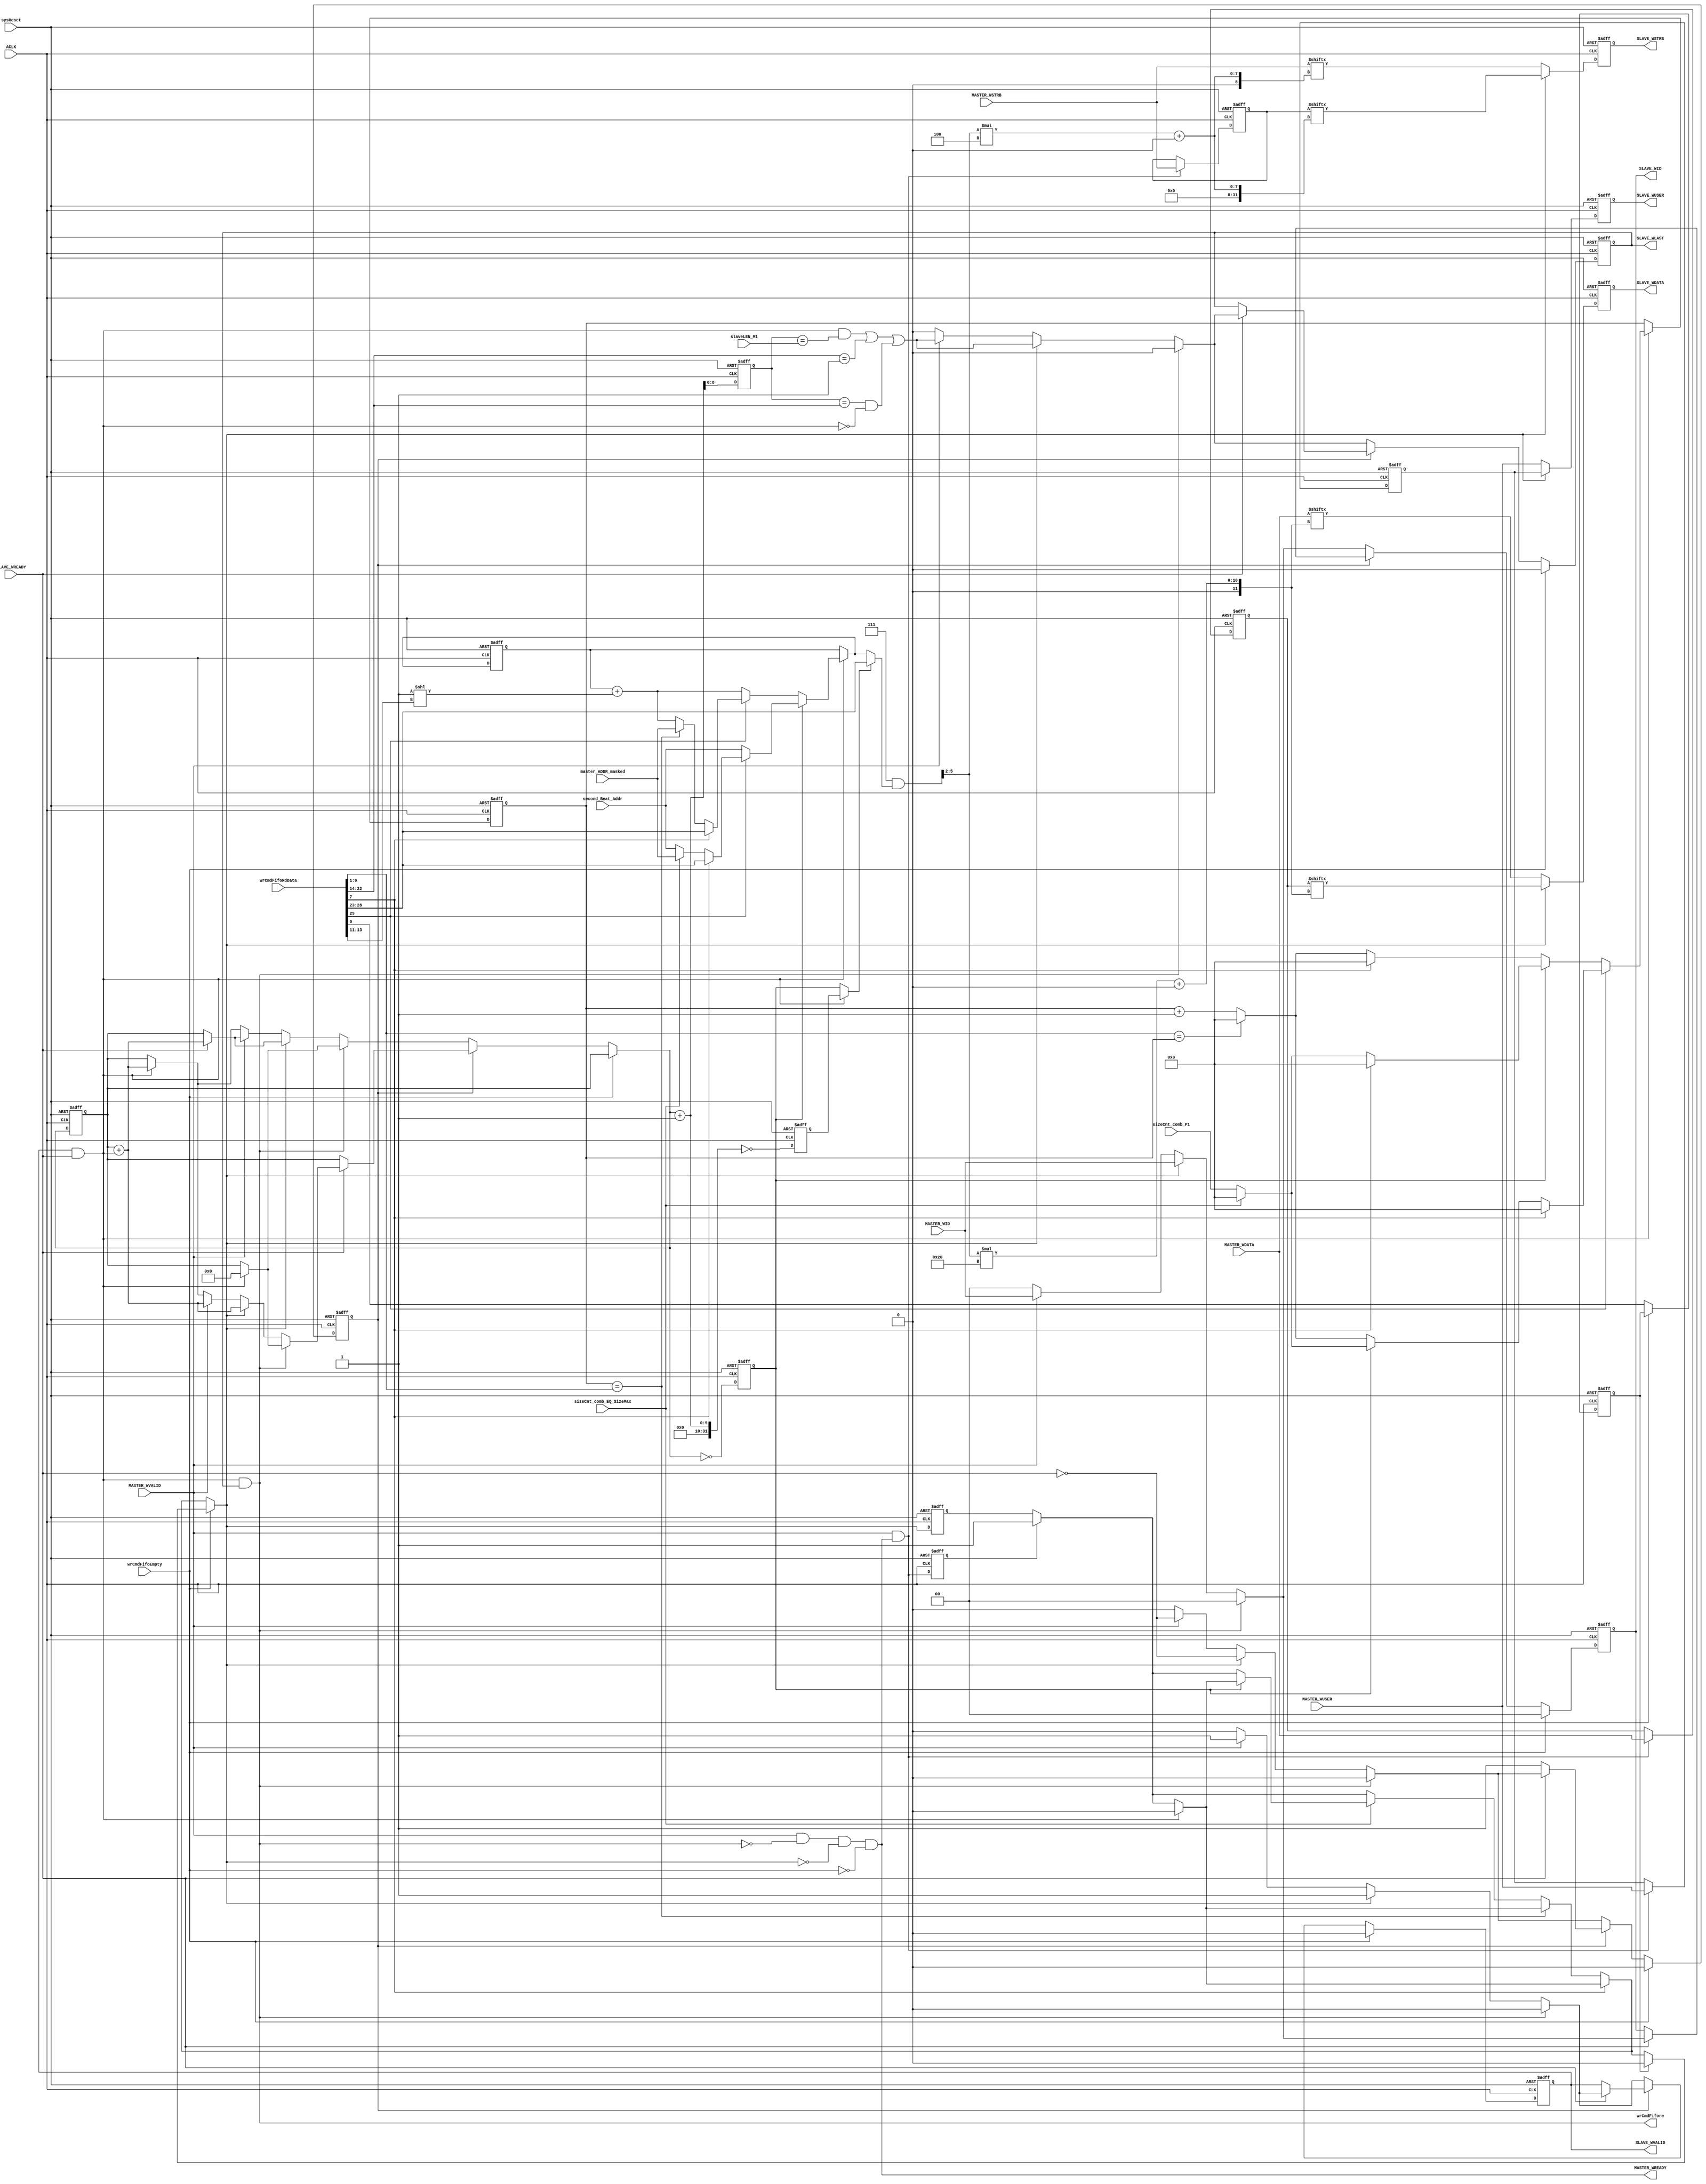
///////////////////////////////////////////////////////////////////////////////////////////////////
// Company: MICROSEMI
//
// IP Core: COREAXI4INTERCONNECT
//
//  Description  : The AMBA AXI4 Interconnect core connects one or more AXI memory-mapped master devices to one or
//                 more memory-mapped slave devices. The AMBA AXI protocol supports high-performance, high-frequency
//                 system designs.
//
//  COPYRIGHT 2017 BY MICROSEMI 
//  THE INFORMATION CONTAINED IN THIS DOCUMENT IS SUBJECT TO LICENSING RESTRICTIONS 
//  FROM MICROSEMI CORP.  IF YOU ARE NOT IN POSSESSION OF WRITTEN AUTHORIZATION FROM 
//  MICROSEMI FOR USE OF THIS FILE, THEN THE FILE SHOULD BE IMMEDIATELY DESTROYED AND 
//  NO BACK-UP OF THE FILE SHOULD BE MADE. 
//
//
/////////////////////////////////////////////////////////////////////////////////////////////////// 
 
 
module caxi4interconnect_DWC_DownConv_widthConvwr (
                                 //  input ports
                                 ACLK,
                                 sysReset,
                                 MASTER_WSTRB,
                                 MASTER_WUSER,
								 MASTER_WID,
                                 MASTER_WDATA,
                                 MASTER_WVALID,
                                 wrCmdFifoEmpty,
                                 wrCmdFifoRdData,
                                 SLAVE_WREADY,
                                 slaveLEN_M1,
                                 master_ADDR_masked,
                                 second_Beat_Addr,
                                 sizeCnt_comb_EQ_SizeMax,
                                 sizeCnt_comb_P1,
 
                                 //  output ports
                                 MASTER_WREADY,
                                 wrCmdFifore,
								 SLAVE_WID,
                                 SLAVE_WVALID,
                                 SLAVE_WLAST,
                                 SLAVE_WUSER,
                                 SLAVE_WDATA,
                                 SLAVE_WSTRB
                                 );
 
   parameter        DATA_WIDTH_IN             = 64;
   parameter        DATA_WIDTH_OUT            = 32;
   parameter        USER_WIDTH                = 1;
   parameter        CMD_FIFO_DATA_WIDTH       = 30;
   parameter        STRB_WIDTH_IN             = 8;
   parameter        STRB_WIDTH_OUT            = 4;
   parameter        ID_WIDTH                  = 0;
//  input ports
   input            ACLK;
   wire             ACLK;
   input            sysReset;
   wire             sysReset;
   input     [STRB_WIDTH_IN - 1:0] MASTER_WSTRB;
   wire      [STRB_WIDTH_IN - 1:0] MASTER_WSTRB;
   input     [USER_WIDTH - 1:0] MASTER_WUSER;
   wire      [USER_WIDTH - 1:0] MASTER_WUSER;
   input     [ID_WIDTH-1:0]        MASTER_WID;
   input     [DATA_WIDTH_IN - 1:0] MASTER_WDATA;
   wire      [DATA_WIDTH_IN - 1:0] MASTER_WDATA;
   input            MASTER_WVALID;
   wire             MASTER_WVALID;
   input            wrCmdFifoEmpty;
   wire             wrCmdFifoEmpty;
   input     [CMD_FIFO_DATA_WIDTH - 1:0] wrCmdFifoRdData;
   wire      [CMD_FIFO_DATA_WIDTH - 1:0] wrCmdFifoRdData;
   input            SLAVE_WREADY;
   wire             SLAVE_WREADY;
   input     [7:0]  slaveLEN_M1;
   wire      [7:0]  slaveLEN_M1;
   input     [5:0]  master_ADDR_masked;
   wire      [5:0]  master_ADDR_masked;
   input     [5:0]  second_Beat_Addr;
   wire      [5:0]  second_Beat_Addr;
   input            sizeCnt_comb_EQ_SizeMax;
   wire             sizeCnt_comb_EQ_SizeMax;
   input     [5:0]  sizeCnt_comb_P1;
   wire      [5:0]  sizeCnt_comb_P1;
//  output ports
   output           MASTER_WREADY;
   wire             MASTER_WREADY;
   output           wrCmdFifore;
   wire             wrCmdFifore;
   output           SLAVE_WVALID;
   reg              SLAVE_WVALID;
   output reg [ID_WIDTH-1:0] SLAVE_WID;
   output           SLAVE_WLAST;
   reg              SLAVE_WLAST;
   output    [USER_WIDTH - 1:0] SLAVE_WUSER;
   reg       [USER_WIDTH - 1:0] SLAVE_WUSER;
   output    [DATA_WIDTH_OUT - 1:0] SLAVE_WDATA;
   reg       [DATA_WIDTH_OUT - 1:0] SLAVE_WDATA;
   output    [STRB_WIDTH_OUT - 1:0] SLAVE_WSTRB;
   reg       [STRB_WIDTH_OUT - 1:0] SLAVE_WSTRB;
//  local signals
   reg       [8:0]  cnt;
   wire             cnt_match;
   reg       [5:0]  current_addr;
   wire      [5:0]  int_masterADDR;
   wire      [2:0]  int_slaveSIZE;
   wire      [8:0]  int_slaveLEN;
   wire             SameMstSlvSize;
   wire      [5:0]  SizeMax;
   wire      [DATA_WIDTH_OUT - 1:0] int_slaveWDATA;
   wire      [STRB_WIDTH_OUT - 1:0] int_slaveWSTRB;
   wire      [USER_WIDTH - 1:0] int_slaveWUSER;
   reg       [5:0]  sizeCnt;
   reg              valid_data;
   reg              valid_data_reg;
   wire             master_valid_data;
   wire             slave_accept;
   reg       [DATA_WIDTH_IN - 1:0] MASTER_WDATA_reg;
   reg       [STRB_WIDTH_IN - 1:0] MASTER_WSTRB_reg;
   reg       [USER_WIDTH - 1:0] MASTER_WUSER_reg;
   wire             cnt_match_next;
   wire      [5:0]  maskAddr;
   wire      [3:0]  dataLoc;
   reg       [5:0]  current_addr_reg;
   reg       [5:0]  sizeCnt_reg;
   reg              hold_data;
   reg              hold_data_next;
   reg       [8:0]  cnt_next;
   reg       [ID_WIDTH-1:0] SLAVE_WID_next;
   reg              SLAVE_WVALID_next;
   reg              SLAVE_WLAST_next;
   wire             fixed_flag;
   reg              master_valid_data_reg;
   wire             lastTx;
   reg              lastTx_reg;
   reg       [8:0]  cnt_plus_1;
   reg              cnt_plus_1_eq_0;
   reg              cnt_eq_0;
 
 
   //always  @(wrCmdFifoEmpty or cnt or hold_data or SLAVE_WREADY or wrCmdFifore or slave_accept or SLAVE_WLAST or valid_data or cnt_match_next or cnt_match or MASTER_WVALID or SLAVE_WVALID)
   always  @(*)
   begin   :widthConvWrite_comb
 
      if (wrCmdFifoEmpty)
      begin
         SLAVE_WVALID_next <= 1'b0;
		 SLAVE_WID_next    <= 0;
         SLAVE_WLAST_next <= 1'b0;
         hold_data_next <= 1'b0;
         cnt_next <= cnt;
      end
      else
      begin
         if (hold_data)
         begin
            if (SLAVE_WREADY)
            begin
               if (wrCmdFifore)
               begin
                  SLAVE_WVALID_next <= 1'b0;
				  SLAVE_WID_next    <= 0;
                  SLAVE_WLAST_next <= 1'b0;
                  hold_data_next <= 1'b0;
                  if (slave_accept)
                  begin
                     if (slave_accept & SLAVE_WLAST)
                     begin
                        cnt_next <= 0;
                     end
                     else
                     begin
                        cnt_next <= cnt + slave_accept;
                     end
                  end
                  else
                  begin
                     cnt_next <= cnt;
                  end
               end
               else
               begin
                  if (valid_data)
                  begin
                     hold_data_next <= ~SLAVE_WREADY;
                     SLAVE_WVALID_next <= 1'b1;
					 SLAVE_WID_next    <= MASTER_WID;
                     SLAVE_WLAST_next <=
                     cnt_match_next | (cnt_match & ~slave_accept);
                     if (SLAVE_WREADY)
                     begin
                        if (slave_accept & SLAVE_WLAST)
                        begin
                           cnt_next <= 0;
                        end
                        else
                        begin
                           cnt_next <= cnt + slave_accept;
                        end
                     end
                     else
                     begin
                        cnt_next <= cnt;
                     end
                  end
                  else
                  begin
                     if (MASTER_WVALID)
                     begin
                        hold_data_next <= ~SLAVE_WREADY;
                        SLAVE_WVALID_next <= 1'b1;
						SLAVE_WID_next    <= MASTER_WID;
                        SLAVE_WLAST_next  <= cnt_match_next | (cnt_match & ~slave_accept);
                        if (SLAVE_WREADY)
                        begin
                           if (slave_accept & SLAVE_WLAST)
                           begin
                              cnt_next <= 0;
                           end
                           else
                           begin
                              cnt_next <= cnt + slave_accept;
                           end
                        end
                        else
                        begin
                           cnt_next <= cnt;
                        end
                     end
                     else
                     begin
                        SLAVE_WVALID_next <= 1'b0;
						SLAVE_WID_next    <= 0;
                        SLAVE_WLAST_next <= 1'b0;
                        hold_data_next <= 1'b0;
                        if (slave_accept)
                        begin
                           if (slave_accept & SLAVE_WLAST)
                           begin
                              cnt_next <= 0;
                           end
                           else
                           begin
                              cnt_next <= cnt + slave_accept;
                           end
                        end
                        else
                        begin
                           cnt_next <= cnt;
                        end
                     end
                  end
               end
            end
            else
            begin
               SLAVE_WVALID_next <= SLAVE_WVALID;
			   SLAVE_WID_next    <= SLAVE_WID;
               SLAVE_WLAST_next <= SLAVE_WLAST;
               hold_data_next <= hold_data;
               cnt_next <= cnt;
            end
         end
         else
         begin
            if (wrCmdFifore)
            begin
               SLAVE_WVALID_next <= 1'b0;
			   SLAVE_WID_next    <= 0;
               SLAVE_WLAST_next <= 1'b0;
               hold_data_next <= 1'b0;
               if (slave_accept)
               begin
                  if (slave_accept & SLAVE_WLAST)
                  begin
                     cnt_next <= 0;
                  end
                  else
                  begin
                     cnt_next <= cnt + slave_accept;
                  end
               end
               else
               begin
                  cnt_next <= cnt;
               end
            end
            else
            begin
               if (valid_data)
               begin
                  hold_data_next <= ~SLAVE_WREADY;
                  SLAVE_WVALID_next <= 1'b1;
				  SLAVE_WID_next    <= MASTER_WID;
                  SLAVE_WLAST_next  <= cnt_match_next | (cnt_match & ~slave_accept);
                  if (SLAVE_WREADY)
                  begin
                     if (slave_accept & SLAVE_WLAST)
                     begin
                        cnt_next <= 0;
                     end
                     else
                     begin
                        cnt_next <= cnt + slave_accept;
                     end
                  end
                  else
                  begin
                     cnt_next <= cnt;
                  end
               end
               else
               begin
                  if (MASTER_WVALID)
                  begin
                     hold_data_next <= ~SLAVE_WREADY;
                     SLAVE_WVALID_next <= 1'b1;
					 SLAVE_WID_next    <= MASTER_WID;
                     SLAVE_WLAST_next  <= cnt_match_next | (cnt_match & ~slave_accept);
                     if (SLAVE_WREADY)
                     begin
                        if (slave_accept & SLAVE_WLAST)
                        begin
                           cnt_next <= 0;
                        end
                        else
                        begin
                           cnt_next <= cnt + slave_accept;
                        end
                     end
                     else
                     begin
                        cnt_next <= cnt;
                     end
                  end
                  else
                  begin
                     SLAVE_WVALID_next <= 1'b0;
					 SLAVE_WID_next    <= 0;
                     SLAVE_WLAST_next <= 1'b0;
                     hold_data_next <= 1'b0;
                     if (slave_accept)
                     begin
                        if (slave_accept & SLAVE_WLAST)
                        begin
                           cnt_next <= 0;
                        end
                        else
                        begin
                           cnt_next <= cnt + slave_accept;
                        end
                     end
                     else
                     begin
                        cnt_next <= cnt;
                     end
                  end
               end
            end
         end
      end
   end
 
 
 
   always
      @( posedge ACLK or negedge sysReset )
   begin   :Start9
 
      if (!sysReset)
      begin
         SLAVE_WDATA <= 0;
         SLAVE_WSTRB <= 0;
         SLAVE_WUSER <= 0;
      end
      else
      begin
         SLAVE_WDATA <= int_slaveWDATA;
         SLAVE_WSTRB <= int_slaveWSTRB;
         SLAVE_WUSER <= int_slaveWUSER;
      end
   end
 
 
 
   always
      @( posedge ACLK or negedge sysReset )
   begin   :widthConvWrite_reg
 
      if (!sysReset)
      begin
         cnt <= 0;
         cnt_plus_1 <= 1;
         cnt_eq_0 <= 1;
         cnt_plus_1_eq_0 <= 0;
         SLAVE_WVALID <= 1'b0;
         SLAVE_WID <= 0;
         SLAVE_WLAST <= 1'b0;
         hold_data <= 1'b0;
      end
      else
      begin
         cnt <= cnt_next;
         cnt_plus_1 <= cnt_next + 1;
         cnt_eq_0 <= (cnt_next == 0);
         cnt_plus_1_eq_0 <= ((cnt_next + 1) == 0);
         SLAVE_WLAST <= SLAVE_WLAST_next;
         SLAVE_WVALID <= SLAVE_WVALID_next;
		 SLAVE_WID    <= SLAVE_WID_next;
         hold_data <= hold_data_next;
      end
   end
 
 
 
   always
      @( posedge ACLK or negedge sysReset )
   begin   :addrCtrl_reg
 
      if (!sysReset)
      begin
         current_addr_reg <= 0;
         sizeCnt_reg <= 0;
      end
      else
      begin
         current_addr_reg <= current_addr;
         sizeCnt_reg <= sizeCnt;
      end
   end
 
 
 
   always  @(slave_accept or fixed_flag or SameMstSlvSize or cnt_eq_0 or sizeCnt_comb_EQ_SizeMax or sizeCnt_comb_P1 or SizeMax or sizeCnt_reg)
   begin   :sieCntCtrl
 
      if (slave_accept)
      begin
         if (fixed_flag)
         begin
            if (SameMstSlvSize)
            begin
               sizeCnt <= 'b0;
            end
            else
            begin
               if (cnt_eq_0)
               begin
                  if (SameMstSlvSize)
                  begin
                     sizeCnt <= 'b0;
                  end
                  else
                  begin
                     if (sizeCnt_comb_EQ_SizeMax)
                     begin
                        sizeCnt <= 'b0;
                     end
                     else
                     begin
                        sizeCnt <= sizeCnt_comb_P1;
                     end
                  end
               end
               else
               begin
                  if (SameMstSlvSize)
                  begin
                     sizeCnt <= 'b0;
                  end
                  else
                  begin
                     if (SizeMax == sizeCnt_reg)
                     begin
                        sizeCnt <= 'b0;
                     end
                     else
                     begin
                        sizeCnt <= sizeCnt_reg + 1;
                     end
                  end
               end
            end
         end
         else
         begin
            if (cnt_eq_0)
            begin
               if (SameMstSlvSize)
               begin
                  sizeCnt <= 'b0;
               end
               else
               begin
                  if (sizeCnt_comb_EQ_SizeMax)
                  begin
                     sizeCnt <= 'b0;
                  end
                  else
                  begin
                     sizeCnt <= sizeCnt_comb_P1;
                  end
               end
            end
            else
            begin
               if (SameMstSlvSize)
               begin
                  sizeCnt <= 'b0;
               end
               else
               begin
                  if (SizeMax == sizeCnt_reg)
                  begin
                     sizeCnt <= 'b0;
                  end
                  else
                  begin
                     sizeCnt <= sizeCnt_reg + 1;
                  end
               end
            end
         end
      end
      else
      begin
         sizeCnt <= sizeCnt_reg;
      end
   end
 
 
 
   always  @(slave_accept or cnt_eq_0 or fixed_flag or SameMstSlvSize or int_masterADDR or sizeCnt_comb_EQ_SizeMax or master_ADDR_masked or second_Beat_Addr or sizeCnt_reg or SizeMax or
             current_addr_reg or int_slaveSIZE)
   begin   :addr_ctrl
 
      if (slave_accept)
      begin
         if (cnt_eq_0)
         begin
            if (fixed_flag)
            begin
               if (SameMstSlvSize)
               begin
                  current_addr <= int_masterADDR;
               end
               else
               begin
                  if (sizeCnt_comb_EQ_SizeMax)
                  begin
                     current_addr <= master_ADDR_masked;
                  end
                  else
                  begin
                     current_addr <= second_Beat_Addr;
                  end
               end
            end
            else
            begin
               current_addr <= second_Beat_Addr;
            end
         end
         else
         begin
            if (fixed_flag)
            begin
               if (SameMstSlvSize)
               begin
                  current_addr <= int_masterADDR;
               end
               else
               begin
                  if (sizeCnt_reg == SizeMax)
                  begin
                     current_addr <= master_ADDR_masked;
                  end
                  else
                  begin
                     current_addr <= current_addr_reg + (1<<int_slaveSIZE);
                  end
               end
            end
            else
            begin
               current_addr <= current_addr_reg + (1<<int_slaveSIZE);
            end
         end
      end
      else
      begin
         current_addr <= current_addr_reg;
      end
   end
 
 
 
   always  @(wrCmdFifoEmpty or lastTx_reg or SameMstSlvSize or slave_accept or master_valid_data_reg or valid_data_reg or sizeCnt_reg or SizeMax or sizeCnt_comb_EQ_SizeMax or cnt_eq_0)
   begin   :valid_data_comb
 
      if (wrCmdFifoEmpty)
      begin
         if (lastTx_reg)
         begin
            valid_data <= 0;
         end
         else
         begin
            if (SameMstSlvSize)
            begin
               if (slave_accept)
               begin
                  valid_data <= 1'b0;
               end
               else
               begin
                  if (master_valid_data_reg)
                  begin
                     valid_data <=  1'b1;
                  end
                  else
                  begin
                     valid_data <= valid_data_reg;
                  end
               end
            end
            else
            begin
               if (sizeCnt_reg == SizeMax)
               begin
                  if (slave_accept)
                  begin
                     valid_data <= 1'b0;
                  end
                  else
                  begin
                     if (master_valid_data_reg)
                     begin
                        valid_data <=  1'b1;
                     end
                     else
                     begin
                        valid_data <= valid_data_reg;
                     end
                  end
               end
               else
               begin
                  if (sizeCnt_comb_EQ_SizeMax)
                  begin
                     if (cnt_eq_0)
                     begin
                        if (slave_accept)
                        begin
                           valid_data <= 1'b0;
                        end
                        else
                        begin
                           if (master_valid_data_reg)
                           begin
                              valid_data <=  1'b1;
                           end
                           else
                           begin
                              valid_data <= valid_data_reg;
                           end
                        end
                     end
                     else
                     begin
                        if (master_valid_data_reg)
                        begin
                           valid_data <=  1'b1;
                        end
                        else
                        begin
                           valid_data <= valid_data_reg;
                        end
                     end
                  end
                  else
                  begin
                     if (master_valid_data_reg)
                     begin
                        valid_data <=  1'b1;
                     end
                     else
                     begin
                        valid_data <= valid_data_reg;
                     end
                  end
               end
            end
         end
      end
      else
      begin
         if (SameMstSlvSize)
         begin
            if (slave_accept)
            begin
               valid_data <= 1'b0;
            end
            else
            begin
               if (master_valid_data_reg)
               begin
                  valid_data <=  1'b1;
               end
               else
               begin
                  valid_data <= valid_data_reg;
               end
            end
         end
         else
         begin
            if (sizeCnt_reg == SizeMax)
            begin
               if (slave_accept)
               begin
                  valid_data <= 1'b0;
               end
               else
               begin
                  if (master_valid_data_reg)
                  begin
                     valid_data <=  1'b1;
                  end
                  else
                  begin
                     valid_data <= valid_data_reg;
                  end
               end
            end
            else
            begin
               if (sizeCnt_comb_EQ_SizeMax)
               begin
                  if (cnt_eq_0)
                  begin
                     if (slave_accept)
                     begin
                        valid_data <= 1'b0;
                     end
                     else
                     begin
                        if (master_valid_data_reg)
                        begin
                           valid_data <=  1'b1;
                        end
                        else
                        begin
                           valid_data <= valid_data_reg;
                        end
                     end
                  end
                  else
                  begin
                     if (master_valid_data_reg)
                     begin
                        valid_data <=  1'b1;
                     end
                     else
                     begin
                        valid_data <= valid_data_reg;
                     end
                  end
               end
               else
               begin
                  if (master_valid_data_reg)
                  begin
                     valid_data <=  1'b1;
                  end
                  else
                  begin
                     valid_data <= valid_data_reg;
                  end
               end
            end
         end
      end
   end
 
 
 
   always
      @( posedge ACLK or negedge sysReset )
   begin   :valid_data_register
 
      if (!sysReset)
      begin
         valid_data_reg <= 1'b0;
         master_valid_data_reg <= 1'b0;
      end
      else
      begin
         valid_data_reg <= valid_data;
         master_valid_data_reg <= master_valid_data;
      end
   end
 
 
 
   always
      @( posedge ACLK or negedge sysReset )
   begin   :wchan_reg
 
      if (!sysReset)
      begin
 
         MASTER_WDATA_reg <= 0;
         MASTER_WSTRB_reg <= 0;
         MASTER_WUSER_reg <= 0;
      end
      else
      begin
         if (master_valid_data)
         begin
 
            MASTER_WDATA_reg <= MASTER_WDATA;
            MASTER_WSTRB_reg <= MASTER_WSTRB;
            MASTER_WUSER_reg <= MASTER_WUSER;
         end
      end
   end
 
 
 
   always
      @( posedge ACLK or negedge sysReset )
   begin   :lastTx_flowchart
 
      if (!sysReset)
      begin
         lastTx_reg <= 1'b1;
      end
      else
      begin
         if (wrCmdFifoEmpty)
         begin
         end
         else
         begin
            lastTx_reg <= lastTx;
         end
      end
   end
 
   // Split up wrCmdFifoRdData
   assign fixed_flag = wrCmdFifoRdData[29];
   assign int_masterADDR = wrCmdFifoRdData[28:23];
   assign int_slaveLEN = wrCmdFifoRdData[22:14];
   assign int_slaveSIZE = wrCmdFifoRdData[13:11];
   assign SameMstSlvSize = wrCmdFifoRdData[7];
   assign SizeMax = wrCmdFifoRdData[6:1];
   assign lastTx = wrCmdFifoRdData[0];
 
   assign cnt_match = ((cnt_plus_1) == int_slaveLEN);
   assign cnt_match_next = (slave_accept & ((cnt_plus_1) == (slaveLEN_M1))) | (int_slaveLEN == 1);
 
   assign maskAddr = ( (DATA_WIDTH_IN/8) - 1) & ((slave_accept ? cnt_plus_1_eq_0 : cnt_eq_0) ? int_masterADDR : current_addr);
   //assign maskAddr = ( (DATA_WIDTH_IN/8) - 1) & (((cnt + slave_accept) == 0) ? int_masterADDR : current_addr);
 
   // Location of data on Master bus
   assign dataLoc = ( maskAddr >> ($clog2(DATA_WIDTH_OUT/8)));
 
   assign int_slaveWDATA = (valid_data)  ? MASTER_WDATA_reg[ (dataLoc*DATA_WIDTH_OUT) +: DATA_WIDTH_OUT ] : MASTER_WDATA[ (dataLoc*DATA_WIDTH_OUT) +: DATA_WIDTH_OUT ];
   assign int_slaveWSTRB = (valid_data)  ? MASTER_WSTRB_reg[ (dataLoc*(DATA_WIDTH_OUT/8)) +: (DATA_WIDTH_OUT/8) ] : MASTER_WSTRB[ (dataLoc*(DATA_WIDTH_OUT/8)) +: (DATA_WIDTH_OUT/8) ];
 
   assign int_slaveWUSER = (valid_data) ? MASTER_WUSER_reg : MASTER_WUSER;
 
   assign wrCmdFifore = SLAVE_WVALID & SLAVE_WREADY & SLAVE_WLAST;
   assign MASTER_WREADY = MASTER_WVALID & (~wrCmdFifore) & (~valid_data) & (~wrCmdFifoEmpty);
 
   assign master_valid_data = MASTER_WVALID & MASTER_WREADY;
   assign slave_accept = SLAVE_WVALID & SLAVE_WREADY;
 
 
endmodule